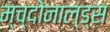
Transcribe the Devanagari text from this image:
म्च्दोनाल्ड्स